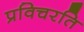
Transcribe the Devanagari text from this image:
प्रविचरति